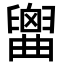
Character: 𦦤